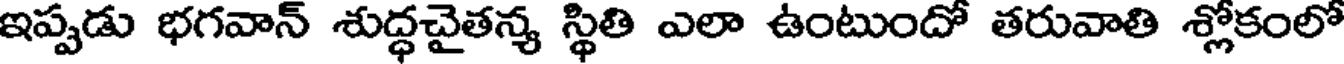
ఇప్పడు భగవాన్ శుద్ధచైతన్య స్థితి ఎలా ఉంటుందో తరువాతి శ్లోకంలో